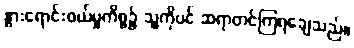
နွားရောင်းဝယ်မှုကိစ္စ၌ သူ့ကိုပင် ဆရာတင်ကြရချေသည်။